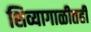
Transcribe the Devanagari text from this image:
शिव्यागाळीतही